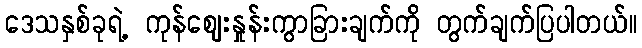
ဒေသနှစ်ခုရဲ့ ကုန်ဈေးနှုန်းကွာခြားချက်ကို တွက်ချက်ပြပါတယ်။